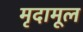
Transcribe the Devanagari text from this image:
मृदामूल